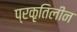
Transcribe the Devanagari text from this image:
प्रकृतिलीन